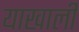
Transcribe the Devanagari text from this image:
याखाली